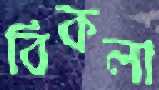
বিকলা